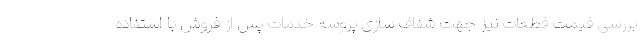
بررسی قیمت قطعات نیز جهت شفاف سازی پروسه خدمات پس از فروش با استفاده